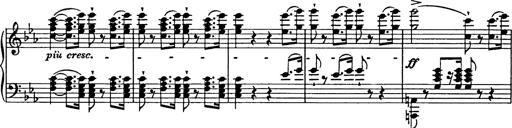
Title: Festmarsch zur SÃ¤cularfeier von Goethes Geburtstag
Composer: Franz Liszt